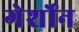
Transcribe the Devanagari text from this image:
गेर्शोन